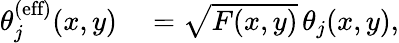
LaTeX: \begin{array}{rl}{\theta_{j}^{\textrm{(eff)}}(x,y)}&{{}=\sqrt{F(x,y)}\, \theta_{j}(x,y),}\end{array}